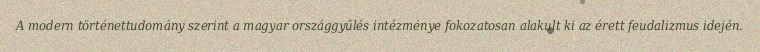
A modern történettudomány szerint a magyar országgyűlés intézménye fokozatosan alakult ki az érett feudalizmus idején.